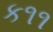
ક૧૧